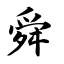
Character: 舜